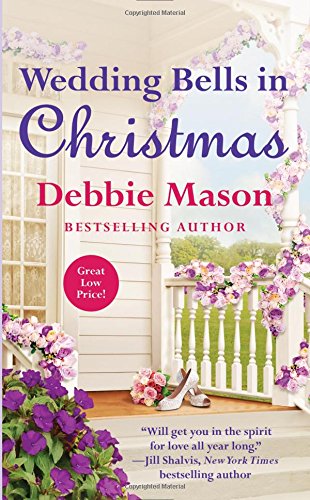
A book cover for Wedding Bells in Christmas (Christmas, Colorado); Debbie Mason; Romance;